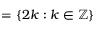
= \{ 2 k : k \in \mathbb { Z } \}